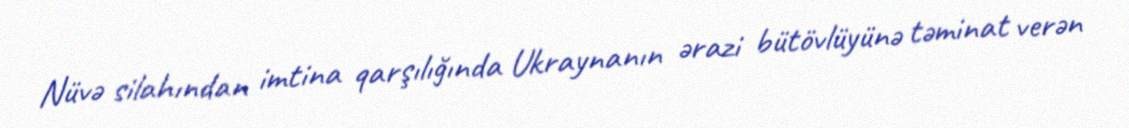
Nüvə silahından imtina qarşılığında Ukraynanın ərazi bütövlüyünə təminat verən